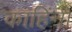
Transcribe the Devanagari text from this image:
काहिंनी